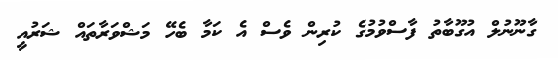
ގާނޫނުލް އުގޫބާތު ފާސްވުމުގެ ކުރިން ވެސް އެ ކަމާ ބެހޭ މަޝްވަރާތައް ޝަރުއީ